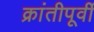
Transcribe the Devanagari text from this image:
क्रांतीपूर्वी